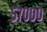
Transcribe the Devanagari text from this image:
५७०००